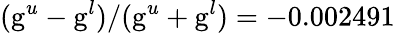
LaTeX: (\mathrm{g}^{u}-\mathrm{g}^{l})/(\mathrm{g}^{u}+\mathrm{g}^{l})=-0.002491